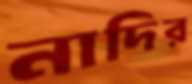
নাদির